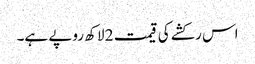
اس رکشے کی قیمت 2 لاکھ روپے ہے۔